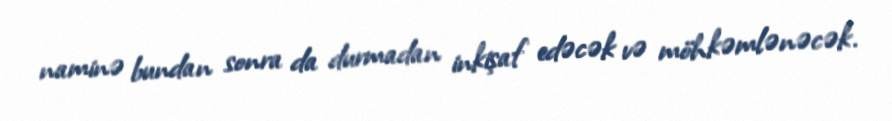
naminə bundan sonra da durmadan inkişaf edəcək və möhkəmlənəcək.